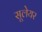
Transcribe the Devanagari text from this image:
सूलेयर